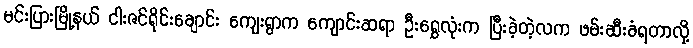
မင်းပြားမြို့နယ် ငါးဇင်ရိုင်းချောင်း ကျေးရွာက ကျောင်းဆရာ ဦးရွှေလုံးက ပြီးခဲ့တဲ့လက ဖမ်းဆီးခံရတာလို့